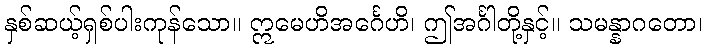
နှစ်ဆယ့်ရှစ်ပါးကုန်သော။ ဣမေဟိအင်္ဂေဟိ၊ ဤအင်္ဂါတို့နှင့်။ သမန္နာဂတော၊